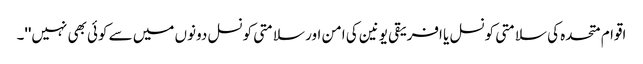
اقوام متحدہ کی سلامتی کونسل یا افریقی یونین کی امن اور سلامتی کونسل دونوں میں سے کوئی بھی نہیں''۔